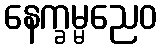
နေက္ခမ္မညေဝ